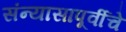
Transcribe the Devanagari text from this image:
संन्यासापूर्वीचे